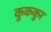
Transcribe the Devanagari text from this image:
कुककुर